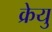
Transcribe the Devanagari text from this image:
क्रेयु